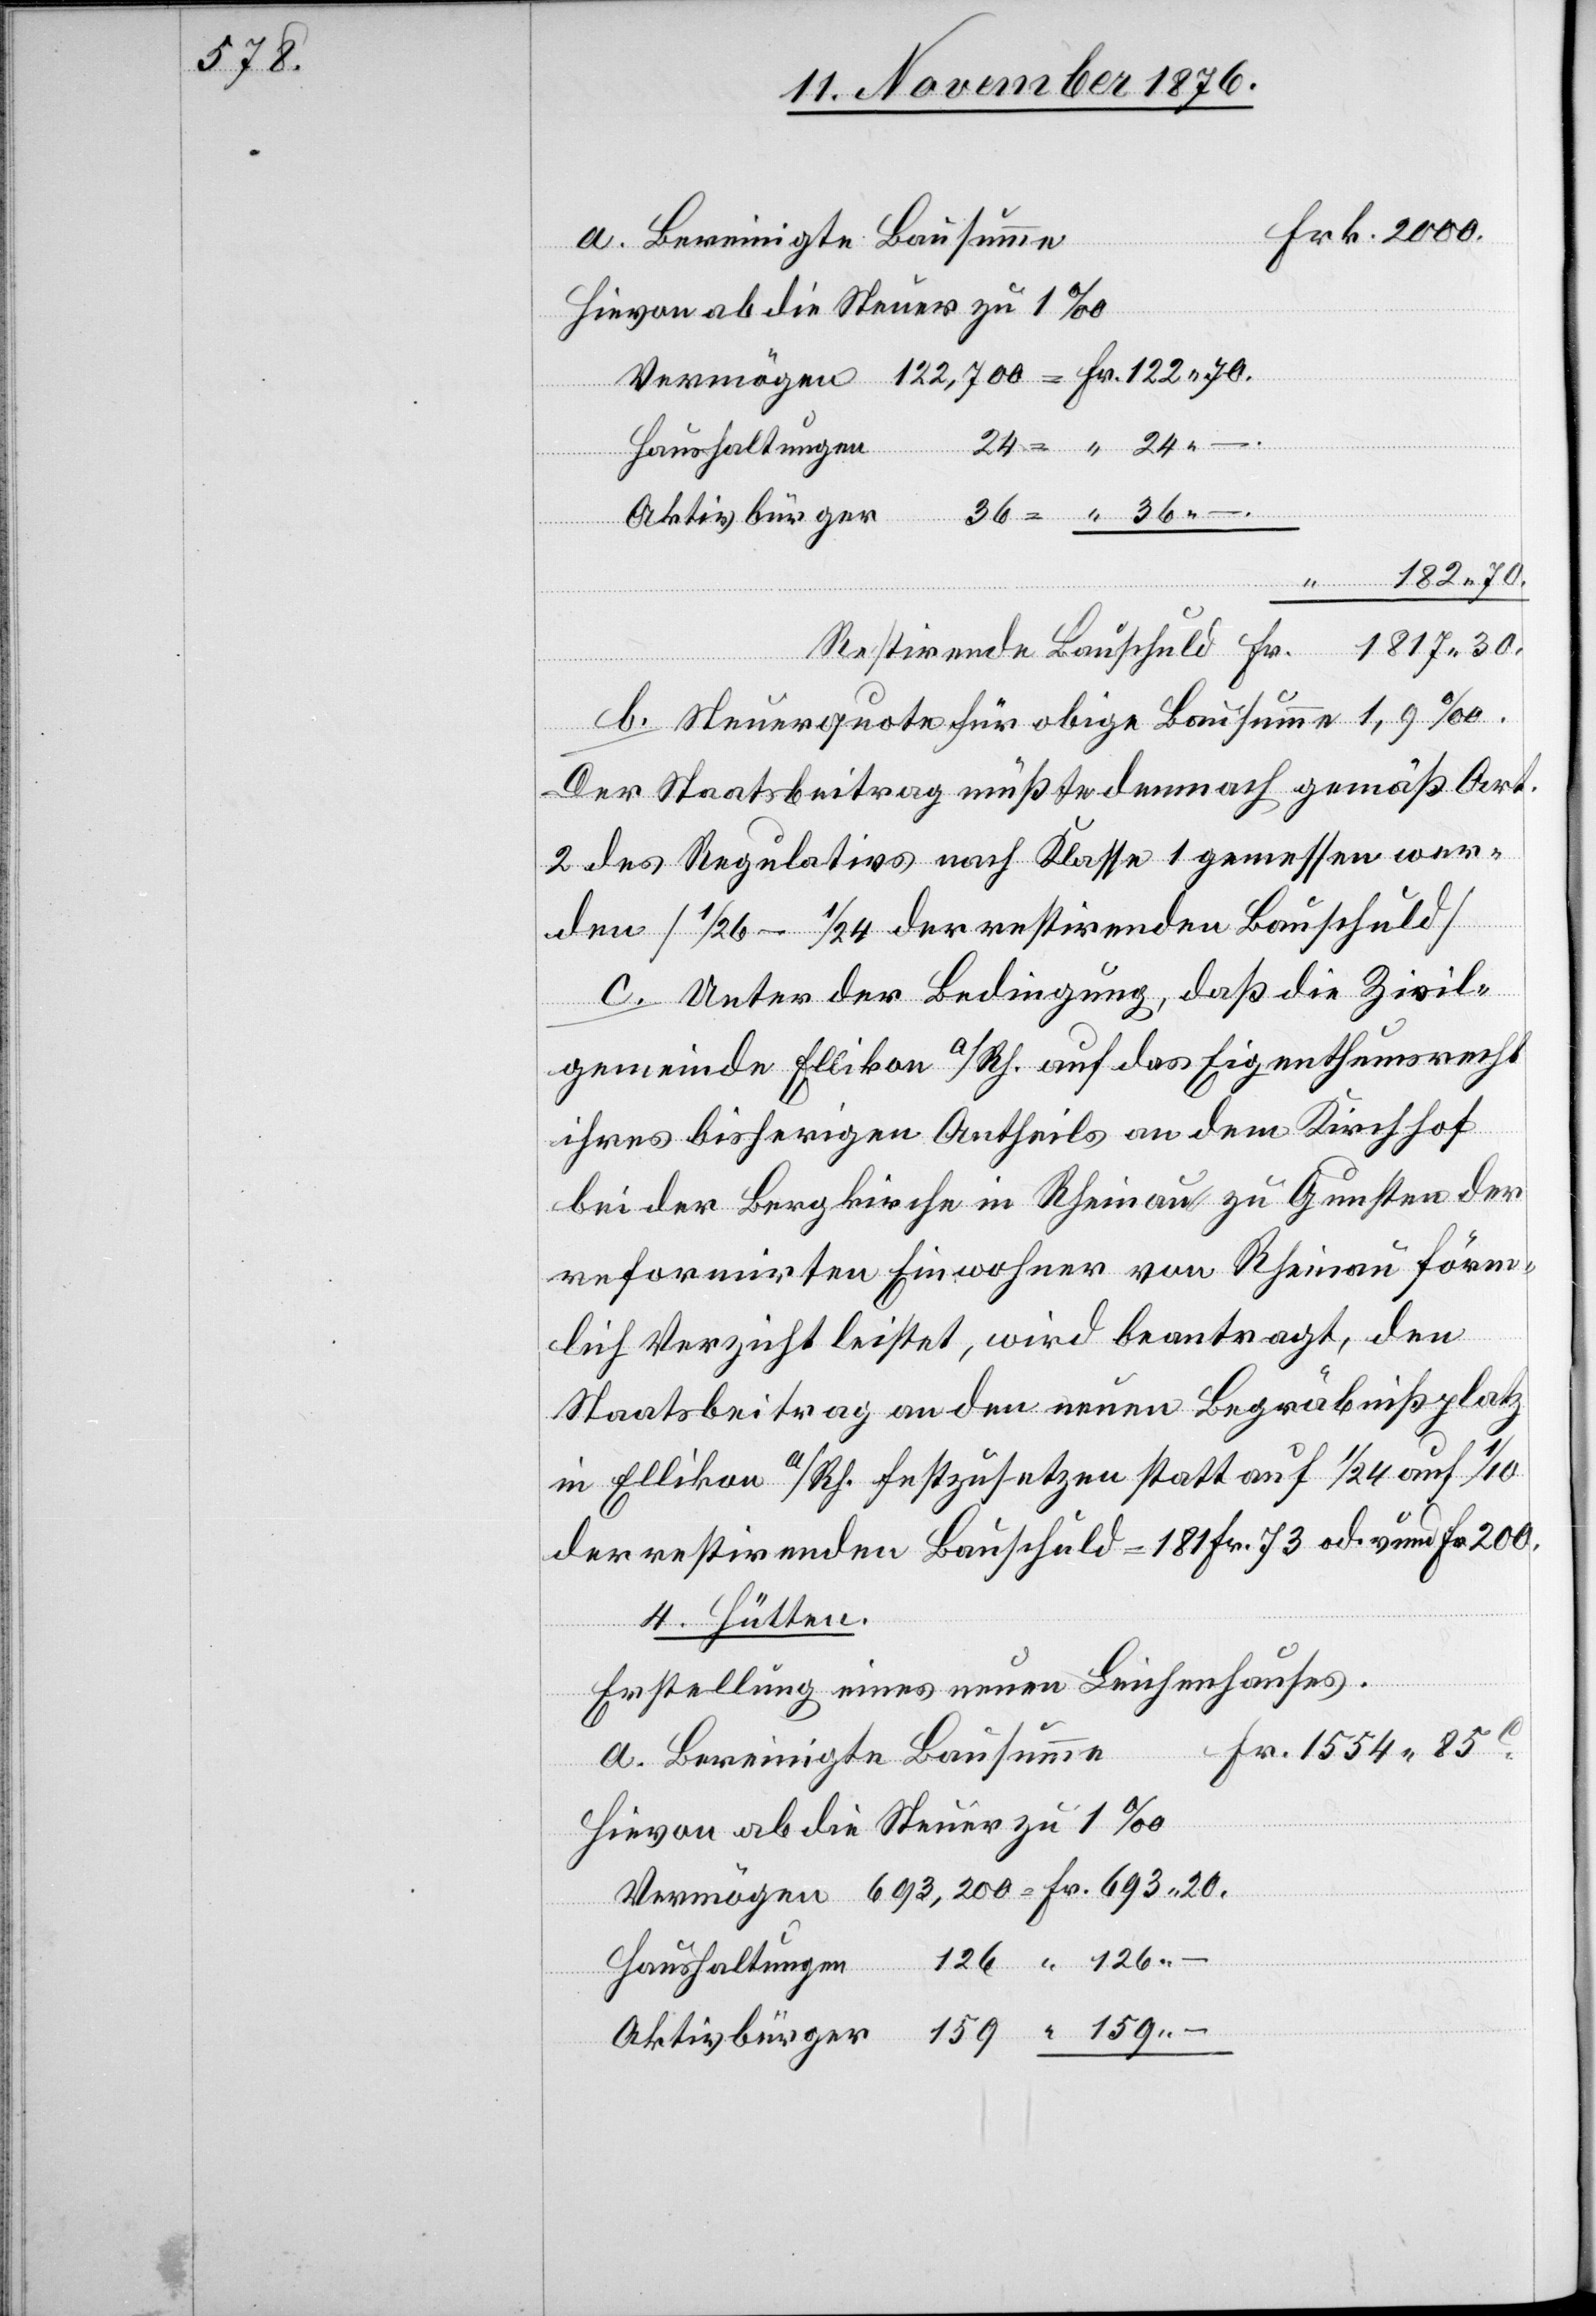
a. Bereinigte Bausumme
Hievon ab die Steuer zu 1‰
–.
Haushaltungen
Aktivbürger
Vermögen
122,700
Resultirende Bauschuld
b. Steuerquote für obige Bausumme 1,9‰.
Der Staatsbeitrag müßte demnach gemäß Art.
2 des Regulativs nach Klasse 1 gemessen wer¬
den [1/26–1/24 der restirenden Bauschuld][.]
c. Unter der Bedingung, daß die Zivil¬
gemeinde Ellikon a/Rh. auf das Eigenthumsrecht
ihres bisherigen Antheils an dem Kirchhof
bei der Bergkirche in Rheinau zu Gunsten der
reformirten Einwohner von Rheinau förm¬
lich Verzicht leistet, wird beantragt, den
Staatsbeitrag an den neuen Begräbnißplatz
in Ellikon a/Rh. festzusetzen statt auf 1/24 auf 1/10
der restirenden Bauschuld = 181 Fr. 73 od. rund Fr. 200.
4. Hütten.
Erstellung eines neuen Leichenhauses.